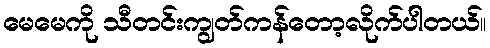
မေမေကို သီတင်းကျွတ်ကန်တော့လိုက်ပါတယ်။